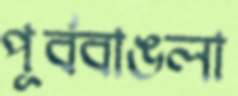
পূর্ববাঙলা